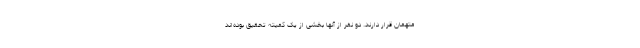
متهمان قرار دارند. دو نفر از آنها بخشی از یک کمیته تحقیق بوده‌اند